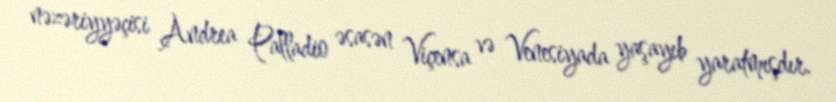
nəzəriyyəçisi Andrea Palladio əsasən Viçensa və Venesiyada yaşayıb yaratmışdır.